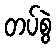
တပ်စွဲ